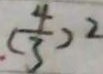
( \frac { 4 } { 3 } ) ^ { 2 }